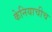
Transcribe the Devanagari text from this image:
केनियाचीच